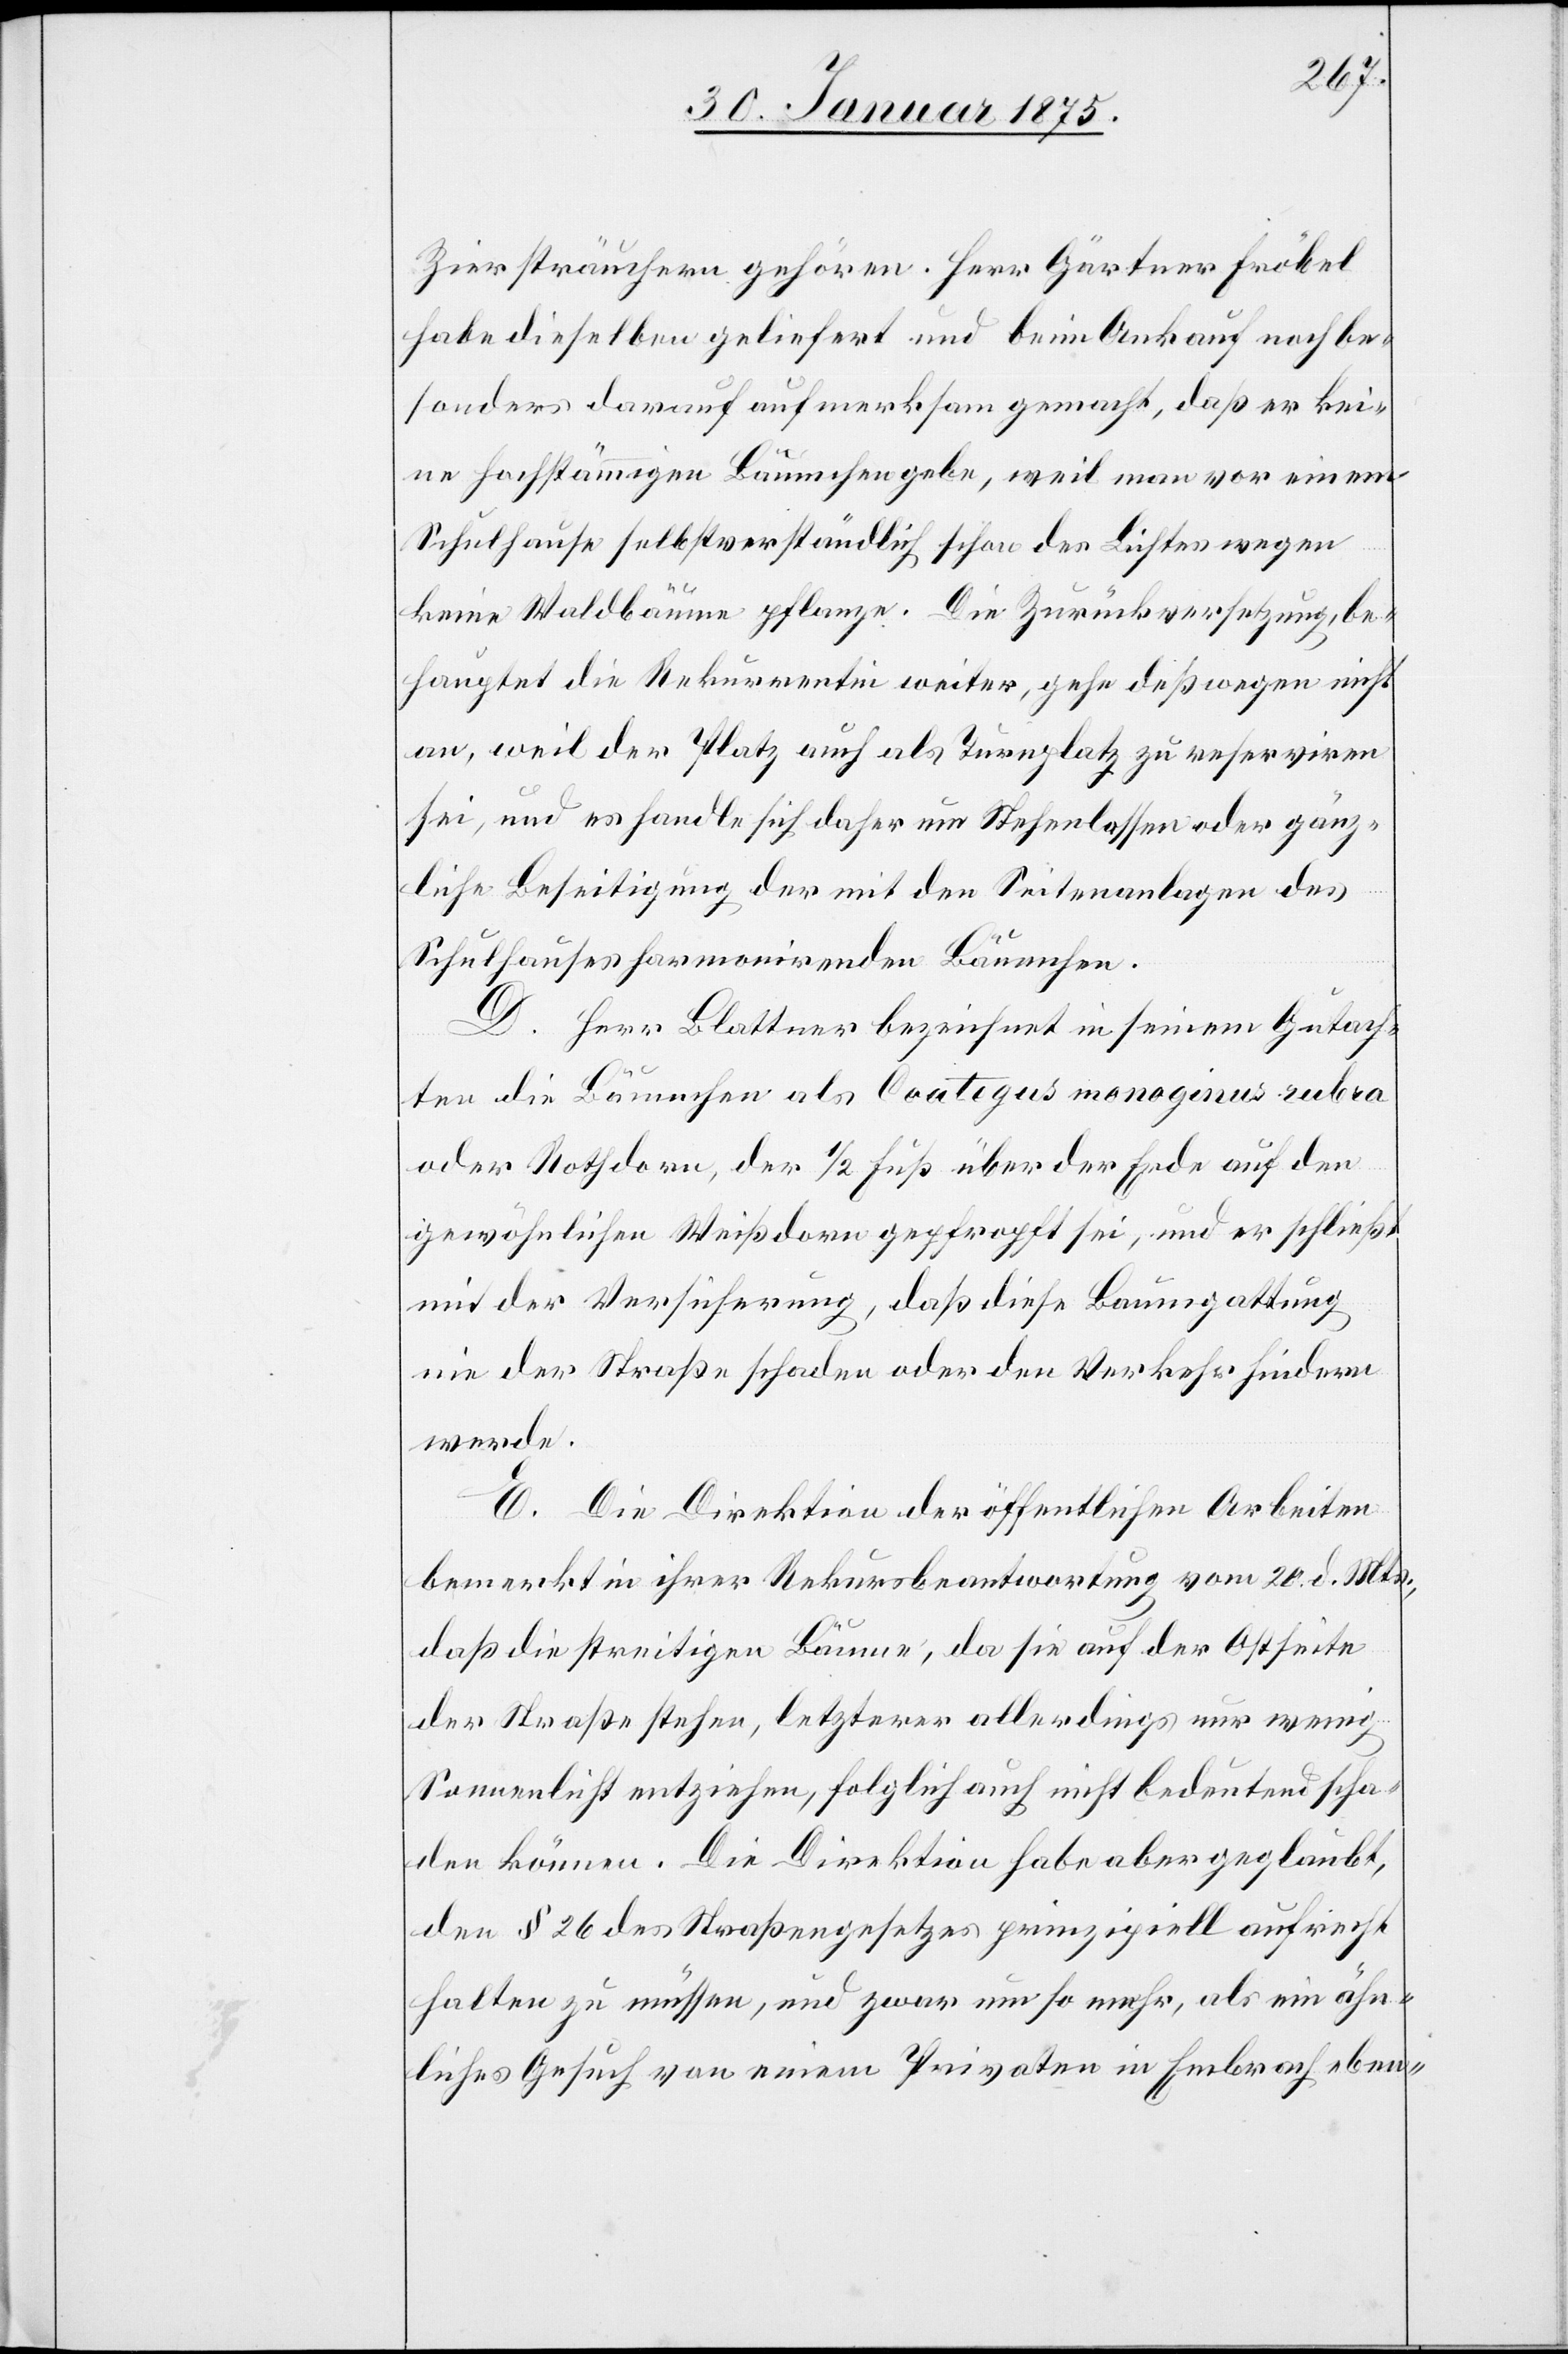
Ziersträuchern gehören. Herr Gärtner Fröbel
habe dieselben geliefert und beim Ankauf noch be¬
sonders darauf aufmerksam gemacht, daß er kei¬
ne hochstämmigen Bäumchen gebe, weil man vor einem
Schulhause selbstverständlich schon des Lichtes wegen
keine Waldbäume pflanze. Die Zurückversetzung, be¬
hauptet die Rekurrentin weiter, gehe deßwegen nicht
an, weil der Platz auch als Turnplatz zu reserviren
sei, und es handle sich daher um Stehenlassen oder gänz¬
liche Beseitigung der mit den Seitenanlagen des
Schulhauses harmonirenden Bäumchen.
D. Herr Blattner bezeichnet in seinem Gutach¬
ten die Bäumchen als Coategus monoginus rubra
oder Rothdorn, der 1/2 Fuß über der Erde auf den
gewöhnlichen Weißdorn gepfropft sei, und er schließt
mit der Versicherung, daß diese Baumgattung
nie der Straße schaden oder den Verkehr hindern
werde.
E. Die Direktion der öffentlichen Arbeiten
bemerkt in ihrer Rekursbeantwortung vom 20. d. Mts.,
daß die streitigen Bäume, da sie auf der Ostseite
der Straße stehen, letzterer allerdings nur wenig
Sonnenlicht entziehen, folglich auch nicht bedeutend scha¬
den können. Die Direktion habe aber geglaubt,
den § 26 des Straßengesetzes prinzipiell aufrecht
halten zu müssen, und zwar um so mehr, als ein ähn¬
liches Gesuch von einem Privaten in Embrach eben-